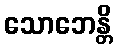
သောဘေန္တိ